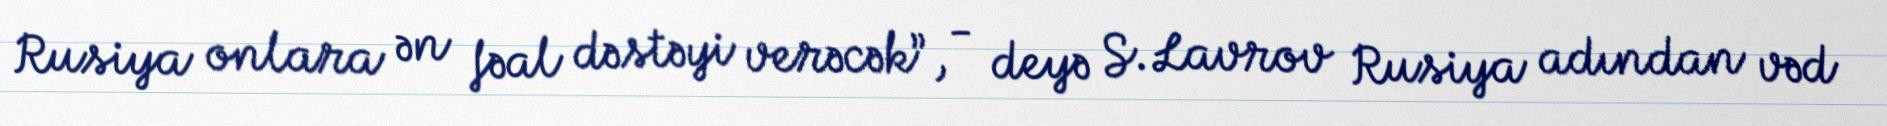
Rusiya onlara ən fəal dəstəyi verəcək”, - deyə S.Lavrov Rusiya adından vəd